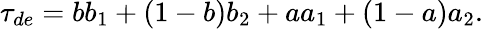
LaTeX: \tau_{de}=bb_{1}+(1-b)b_{2}+aa_{1}+(1-a)a_{2}.